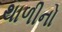
થાળીનો